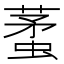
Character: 𧍟